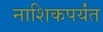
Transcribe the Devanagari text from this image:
नाशिकपर्यंत